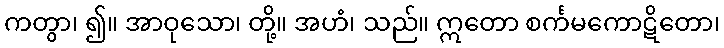
ကတွာ၊ ၍။ အာဝုသော၊ တို့။ အဟံ၊ သည်။ ဣတော စင်္ကမကောဋိတော၊